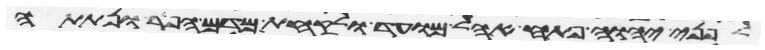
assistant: לפני יהוה פתח אהל מועד ולקחת מדם הפר ונתתה